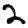
Digit: 2